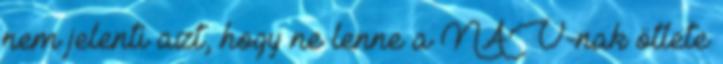
nem jelenti azt, hogy ne lenne a NAV-nak ötlete